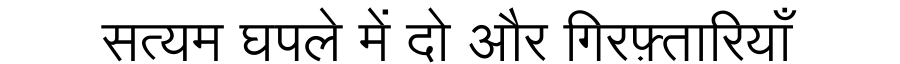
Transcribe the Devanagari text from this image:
सत्यम घपले में दो और गिरफ़्तारियाँ